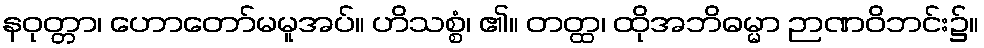
နဝုတ္တာ၊ ဟောတော်မမူအပ်။ ဟိသစ္စံ၊ ၏။ တတ္ထ၊ ထိုအဘိဓမ္မာ ဉာဏဝိဘင်း၌။